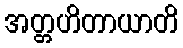
အတ္တဟိတာယာတိ